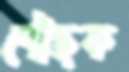
পৌঁছক